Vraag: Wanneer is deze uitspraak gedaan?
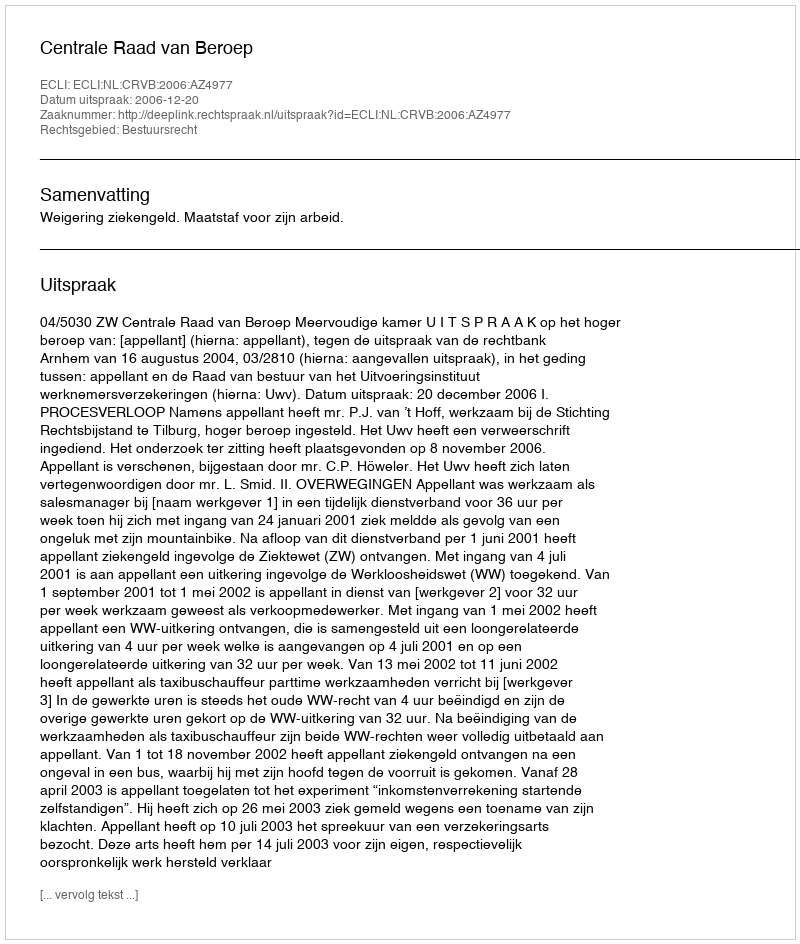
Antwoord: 2006-12-20